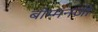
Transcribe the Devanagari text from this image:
बोम्मनजी